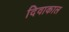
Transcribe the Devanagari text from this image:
दिवाकाल